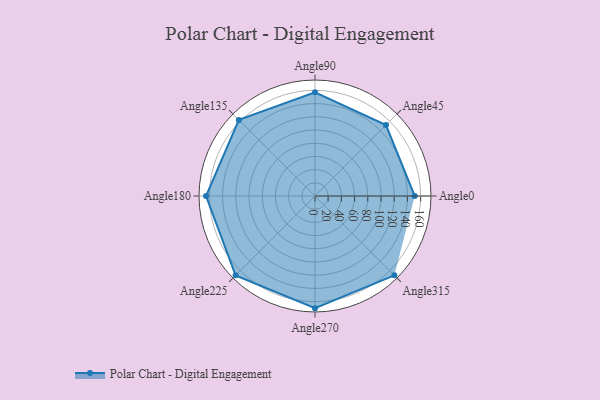
{"axis": {"x": "Angle", "y": "Radius"}, "legend": [""], "data": [{"x": "Angle0", "y": 151.0, "type": ""}, {"x": "Angle45", "y": 152.0, "type": ""}, {"x": "Angle90", "y": 157.0, "type": ""}, {"x": "Angle135", "y": 163.0, "type": ""}, {"x": "Angle180", "y": 165.0, "type": ""}, {"x": "Angle225", "y": 170, "type": ""}, {"x": "Angle270", "y": 170, "type": ""}, {"x": "Angle315", "y": 170, "type": ""}]}